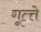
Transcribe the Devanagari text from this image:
गूत्त्ते